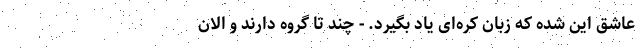
عاشق این شده که زبان کره‌ای یاد بگیرد. - چند تا گروه دارند و الان